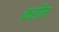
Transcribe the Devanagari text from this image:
कहीम